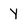
Character: Y